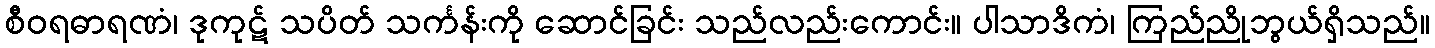
စီဝရဓာရဏံ၊ ဒုကုဋ် သပိတ် သင်္ကန်းကို ဆောင်ခြင်း သည်လည်းကောင်း။ ပါသာဒိကံ၊ ကြည်ညိုဘွယ်ရှိသည်။